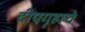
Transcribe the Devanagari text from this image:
दीपगृहाचे